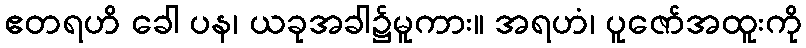
ဧတရဟိ ခေါ ပန၊ ယခုအခါ၌မူကား။ အရဟံ၊ ပူဇော်အထူးကို